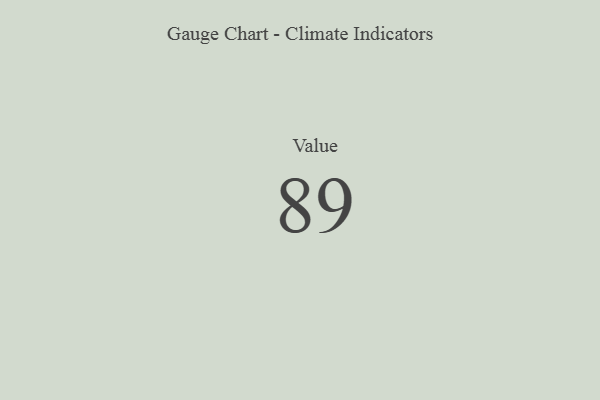
{"axis": {"x": "Metric", "y": "Value"}, "legend": [""], "data": [{"x": "Value", "y": 89, "type": ""}]}